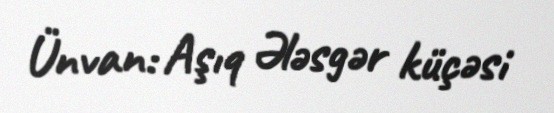
Ünvan: Aşıq Ələsgər küçəsi